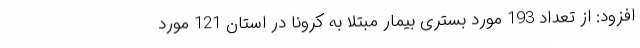
افزود: از تعداد 193 مورد بستری بیمار مبتلا به کرونا در استان 121 مورد